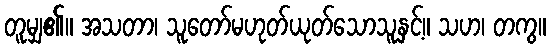
တူမျှ၏။ အသတာ၊ သူတော်မဟုတ်ယုတ်သောသူနှင့်။ သဟ၊ တကွ။